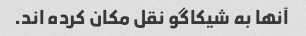
آنها به شیکاگو نقل مکان کرده اند.